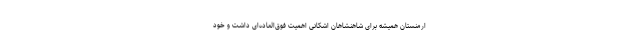
ارمنستان همیشه برای شاهنشاهان اشکانی اهمیت فوق‌العاده‌ای داشت و خود